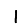
Digit: 1